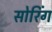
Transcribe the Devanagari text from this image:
सोरिंग